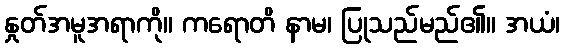
နှုတ်အမူအရာကို။ ကရောတိ နာမ၊ ပြုသည်မည်၏။ အယံ၊